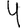
Digit: 4